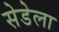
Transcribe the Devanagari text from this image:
सेडेला